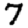
Digit: 7